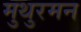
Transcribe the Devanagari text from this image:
मुथुरमन